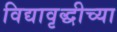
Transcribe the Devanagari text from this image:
विद्यावृद्धीच्या